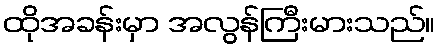
ထိုအခန်းမှာ အလွန်ကြီးမားသည်။